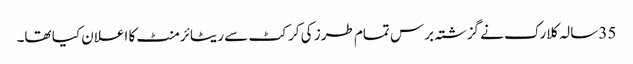
35 سالہ کلارک نے گزشتہ برس تمام طرز کی کرکٹ سے ریٹائرمنٹ کا اعلان کیا تھا۔